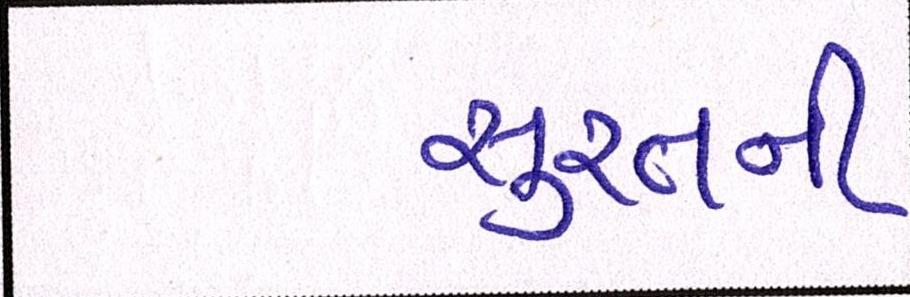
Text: સુરતની